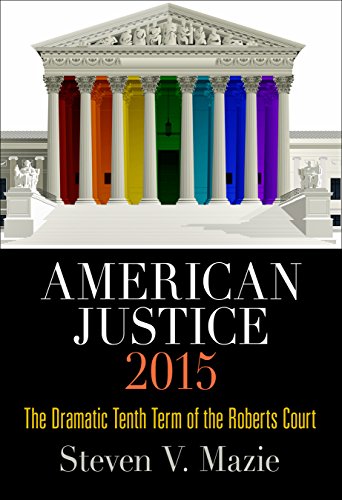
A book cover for American Justice 2015: The Dramatic Tenth Term of the Roberts Court; Steven V. Mazie; Law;